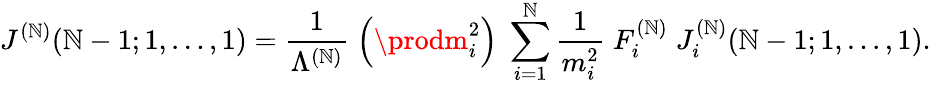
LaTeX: J^{(\mathbb{N})}(\mathbb{N}-1;1,\ldots,1)=\frac{{1}}{{\Lambda^{(\mathbb{N})}}}\; \left(\prodm_{i}^{2}\right)\; \sum_{i=1}^{\mathbb{N}}\frac{{1}}{{m_{i}^{2}}}\; F_{i}^{(\mathbb{N})}\; J_{i}^{(\mathbb{N})}(\mathbb{N}-1;1,\ldots,1).